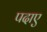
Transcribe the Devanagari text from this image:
पदाए